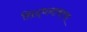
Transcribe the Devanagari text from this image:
सिद्धनाथाचा